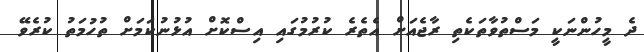
ދެ މީހުންނަކީ މަސްތުވާތަކެތި ރާޖެއަށް އެތެރެ ކުރުމުގައި އިސްކޮށް އުޅުނުކަމަށް ތުހުމަތު ކުރެވޭ